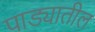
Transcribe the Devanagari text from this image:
पाड्यातील